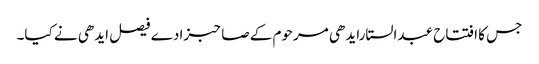
جس کا افتتاح عبدالستارایدھی مرحوم کے صاحبزادے فیصل ایدھی نے کیا۔